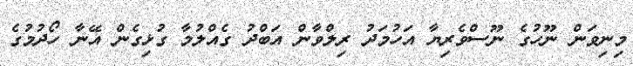
މިނިވަން ނޫހުގެ ނޫސްވެރިޔާ އަހުމަދު ރިލްވާން އަބްދު ގެއްލުމާ ގުޅިގެން އޭނާ ހޯދުމުގެ